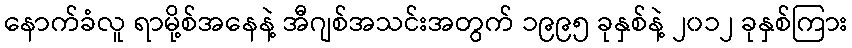
နောက်ခံလူ ရာမို့စ်အနေနဲ့ အီဂျစ်အသင်းအတွက် ၁၉၉၅ ခုနှစ်နဲ့ ၂၀၁၂ ခုနှစ်ကြား